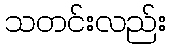
သတင်းလည်း